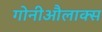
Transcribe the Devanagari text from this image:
गोनीऔलाक्स